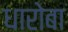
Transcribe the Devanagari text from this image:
धारोबा